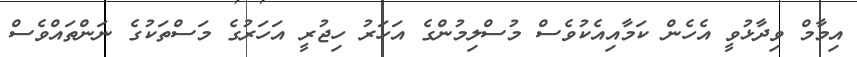
އިމާމް ވިދާޅުވީ އެހެން ކަމާއިއެކުވެސް މުސްލިމުންގެ އަހަރު ހިޖުރީ އަހަރުގެ މަސްތަކުގެ ނަންތައްވެސް